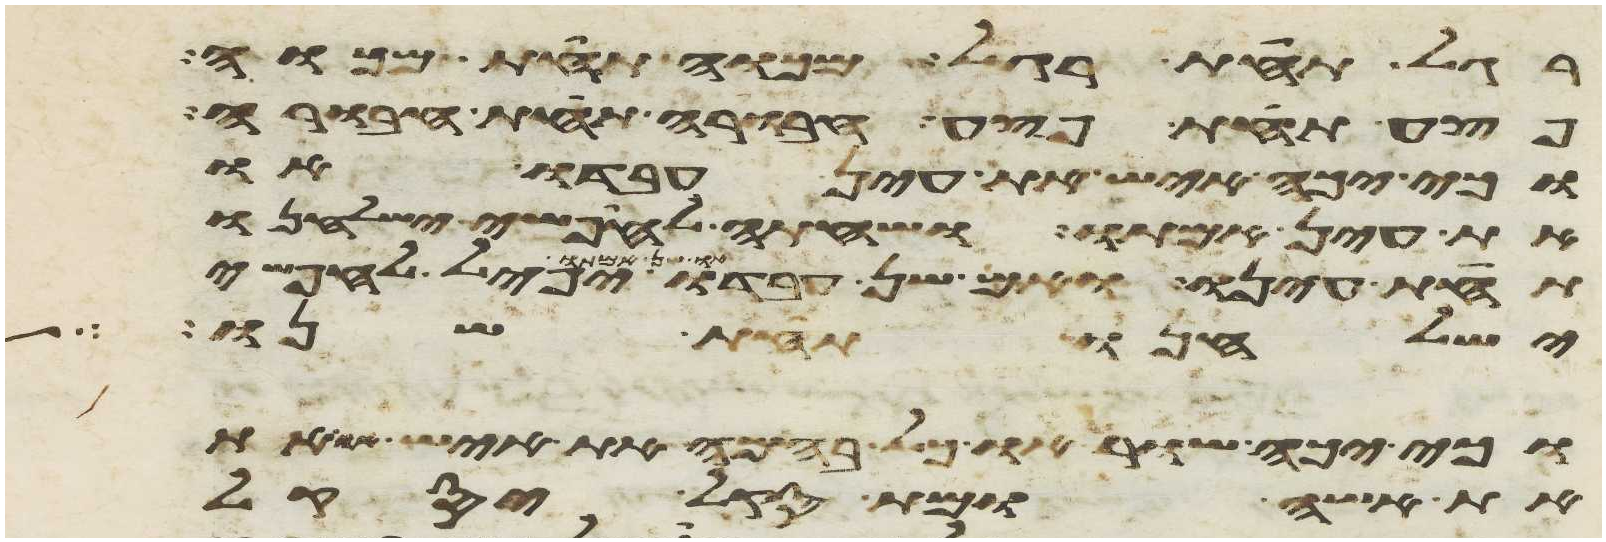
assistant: רגל תחת רגל מכוה תחת מכוה
פצע תחת פצע חבורה תחת חבורה
וכי יכה איש את עין עבדו או
את עין אמתו ושחתה לחפשי ישלחנו
תחת עינו ואם שן עבדו
ישלחנו תחת שנו
וכי יכה שור וכל בהמה את איש או
את אשה ומת סקל יסקל